Quinine and its salts - Number 41
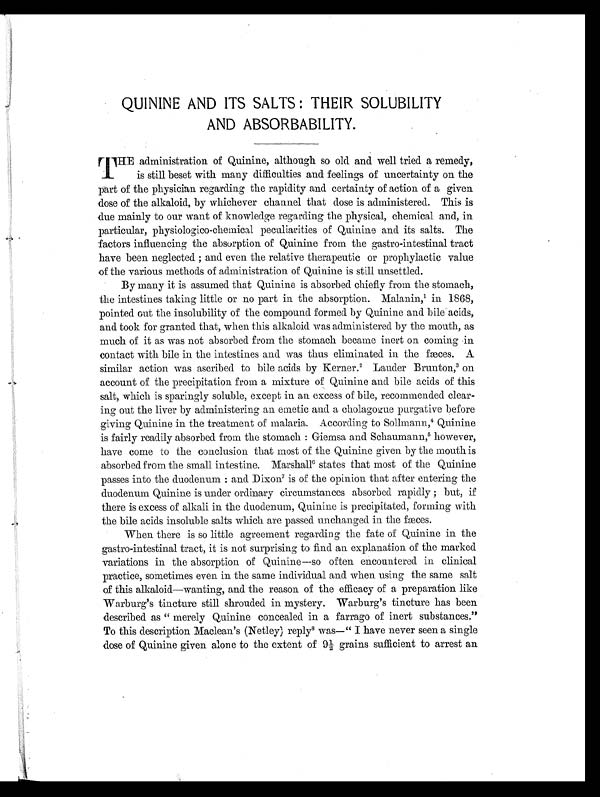
QUININE AND ITS SALTS: THEIR SOLUBILITY
AND ABSORBABILITY.
T HE administration of Quinine, although so old and well tried a remedy,
is still beset with many difficulties and feelings of uncertainty on the
part of the physician regarding the rapidity and certainty of action of a given
dose of the alkaloid, by whichever channel that dose is administered. This is
due mainly to our want of knowledge regarding the physical, chemical and, in
particular, physiologico-chemical peculiarities of Quinine and its salts. The
factors influencing the absorption of Quinine from the gastro-intestinal tract
have been neglected; and even the relative therapeutic or prophylactic value
of the various methods of administration of Quinine is still unsettled.
By many it is assumed that Quinine is absorbed chiefly from the stomach,
the intestines taking little or no part in the absorption. Malanin,1 in 1868,
pointed out the insolubility of the compound formed by Quinine and bile acids,
and took for granted that, when this alkaloid was administered by the mouth, as
much of it as was not absorbed from the stomach became inert on coming in
contact with bile in the intestines and was thus eliminated in the fæces. A
similar action was ascribed to bile acids by Kerner.2 Lauder Brunton,3 on
account of the precipitation from a mixture of Quinine and bile acids of this
salt, which is sparingly soluble, except in an excess of bile, recommended clear-
ing out the liver by administering an emetic and a cholagogue purgative before
giving Quinine in the treatment of malaria. According to Sollmann, 4 Quinine
is fairly readily absorbed from the stomach: Giemsa and Schaumann, 5 however,
have come to the conclusion that most of the Quinine given by the mouth is
absorbed from the small intestine. Marshall6 states that most of the Quinine
passes into the duodenum: and Dixon7 is of the opinion that after entering the
duodenum Quinine is under ordinary circumstances absorbed rapidly; but, if
there is excess of alkali in the duodenum, Quinine is precipitated, forming with
the bile acids insoluble salts which are passed unchanged in the fæces.
When there is so little agreement regarding the fate of Quinine in the
gastro-intestinal tract, it is not surprising to find an explanation of the marked
variations in the absorption of Quinine—so often encountered in clinical
practice, sometimes even in the same individual and when using the same salt
of this alkaloid—wanting, and the reason of the efficacy of a preparation like
Warburg's tincture still shrouded in mystery. Warburg's tincture has been
described as "merely Quinine concealed in a farrago of inert substances."
To this description Maclean's (Netley) reply8 was—"I have never seen a single
dose of Quinine given alone to the extent of 9½ grains sufficient to arrest an